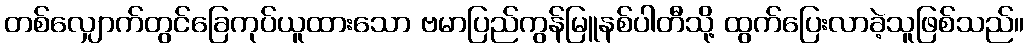
တစ်လျှောက်တွင်ခြေကုပ်ယူထားသော ဗမာပြည်ကွန်မြူနစ်ပါတီသို့ ထွက်ပြေးလာခဲ့သူဖြစ်သည်။